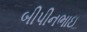
બીપીનભાઇ